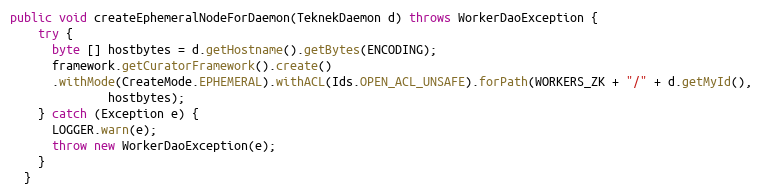
Language: Java
public void createEphemeralNodeForDaemon(TeknekDaemon d) throws WorkerDaoException {
    try {
      byte [] hostbytes = d.getHostname().getBytes(ENCODING);
      framework.getCuratorFramework().create()
      .withMode(CreateMode.EPHEMERAL).withACL(Ids.OPEN_ACL_UNSAFE).forPath(WORKERS_ZK + "/" + d.getMyId(),
              hostbytes);
    } catch (Exception e) {
      LOGGER.warn(e);
      throw new WorkerDaoException(e);
    }
  }